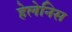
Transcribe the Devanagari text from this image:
हेलेनिस